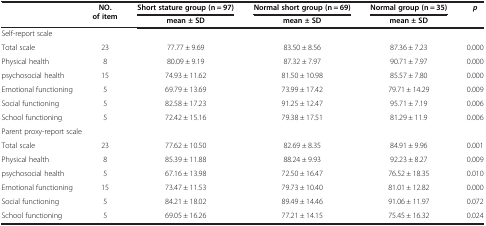
<table><thead><tr><td><b> </b></td><td><b>NO. of item</b></td><td><b>Short stature group (n = 97)</b></td><td><b>Normal short group (n = 69)</b></td><td><b>Normal group (n = 35)</b></td><td><b><i>p</i></b></td></tr><tr><td><b> </b></td><td><b> </b></td><td><b>mean ± SD</b></td><td><b>mean ± SD</b></td><td><b>mean ± SD</b></td><td><b> </b></td></tr></thead><tbody><tr><td colspan="6">Self-report scale</td></tr><tr><td>Total scale</td><td>23</td><td>77.77 ± 9.69</td><td>83.50 ± 8.56</td><td>87.36 ± 7.23</td><td>0.000</td></tr><tr><td>Physical health</td><td>8</td><td>80.09 ± 9.19</td><td>87.32 ± 7.97</td><td>90.71 ± 7.97</td><td>0.000</td></tr><tr><td>psychosocial health</td><td>15</td><td>74.93 ± 11.62</td><td>81.50 ± 10.98</td><td>85.57 ± 7.80</td><td>0.000</td></tr><tr><td>Emotional functioning</td><td>5</td><td>69.79 ± 13.69</td><td>73.99 ± 17.42</td><td>79.71 ± 14.29</td><td>0.009</td></tr><tr><td>Social functioning</td><td>5</td><td>82.58 ± 17.23</td><td>91.25 ± 12.47</td><td>95.71 ± 7.19</td><td>0.006</td></tr><tr><td>School functioning</td><td>5</td><td>72.42 ± 15.16</td><td>79.38 ± 17.51</td><td>81.29 ± 11.9</td><td>0.006</td></tr><tr><td colspan="6">Parent proxy-report scale</td></tr><tr><td>Total scale</td><td>23</td><td>77.62 ± 10.50</td><td>82.69 ± 8.35</td><td>84.91 ± 9.96</td><td>0.001</td></tr><tr><td>Physical health</td><td>8</td><td>85.39 ± 11.88</td><td>88.24 ± 9.93</td><td>92.23 ± 8.27</td><td>0.009</td></tr><tr><td>psychosocial health</td><td>5</td><td>67.16 ± 13.98</td><td>72.50 ± 16.47</td><td>76.52 ± 18.35</td><td>0.010</td></tr><tr><td>Emotional functioning</td><td>15</td><td>73.47 ± 11.53</td><td>79.73 ± 10.40</td><td>81.01 ± 12.82</td><td>0.000</td></tr><tr><td>Social functioning</td><td>5</td><td>84.21 ± 18.02</td><td>89.49 ± 14.46</td><td>91.06 ± 11.97</td><td>0.072</td></tr><tr><td>School functioning</td><td>5</td><td>69.05 ± 16.26</td><td>77.21 ± 14.15</td><td>75.45 ± 16.32</td><td>0.024</td></tr></tbody></table>